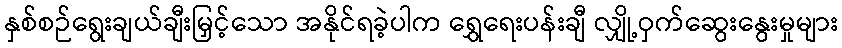
နှစ်စဉ်ရွေးချယ်ချီးမြှင့်သော အနိုင်ရခဲ့ပါက ရွှေရေးပန်းချီ လျှို့ဝှက်ဆွေးနွေးမှုများ